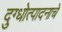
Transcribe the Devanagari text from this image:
दुग्धोत्पादनाचे